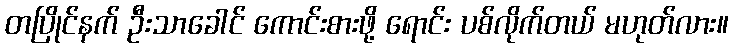
တပြိုင်နက် ဦးသာခေါင် ကောင်းစားဖို့ ရောင်း ပစ်လိုက်တယ် မဟုတ်လား။